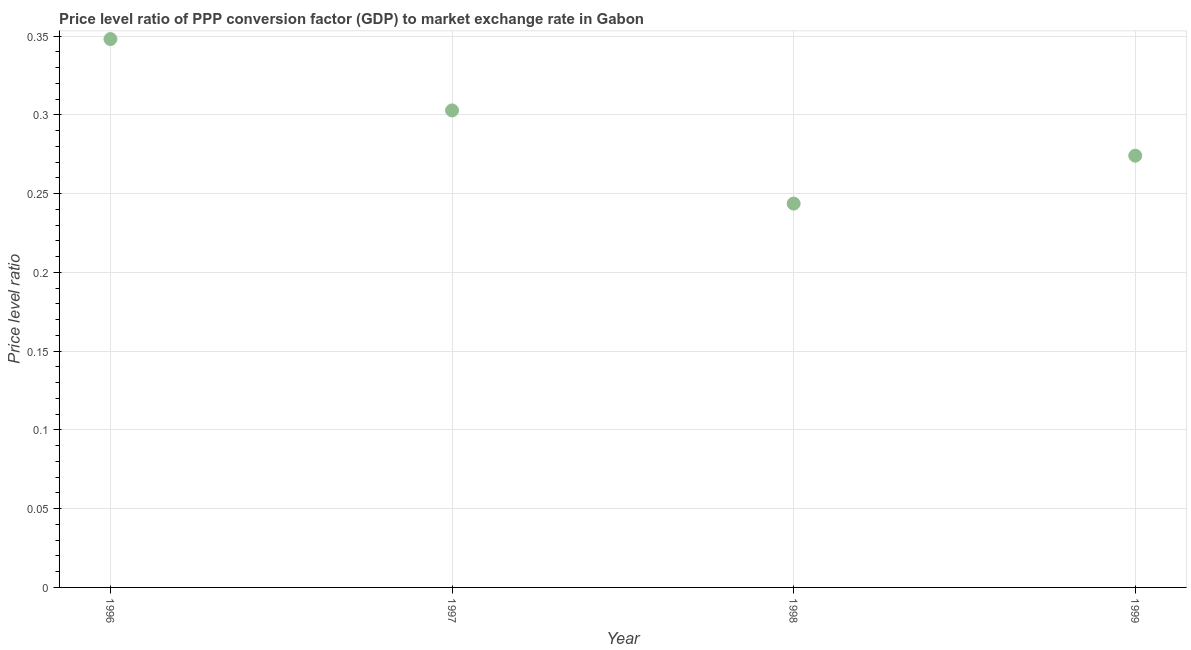
| Year | Price level ratio |
 | --- | --- |
 | 1996 | 0.348 |
 | 1997 | 0.303 |
 | 1998 | 0.244 |
 | 1999 | 0.274 |